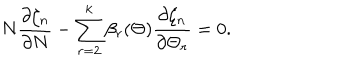
N \frac { \partial \zeta _ { n } } { \partial N } - \sum _ { r = 2 } ^ { k } \beta _ { r } ( \Theta ) \frac { \partial \zeta _ { n } } { \partial \Theta _ { r } } = 0 .